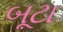
બૂટા